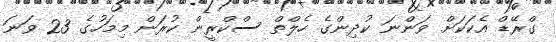
ގްރޭޑް އެކަކަށް ވަންނަ ކުދިންގެ ހެލްތް ސްކްރީން ކުރަން މިމަހުގެ 23 ވަނަ